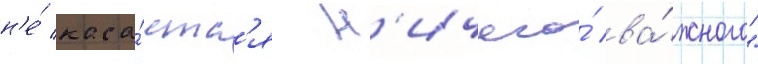
н'е́ каса́етс'я н'ичего́ ва́жного"